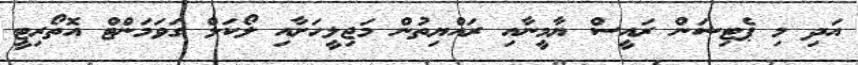
އަދި މި ޕެޓިޝަން ރައީސް ޔާމީނާއި ރައްޔިތުން މަޖިލީހަށާއި ލޯކަލް ގަވަމަންޓް އޮތޯރިޓީ